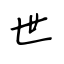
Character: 世